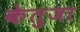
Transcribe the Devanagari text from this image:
केतुजा